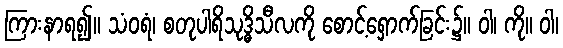
ကြားနာရ၍။ သံဝရံ၊ စတုပါရိသုဒ္ဓိသီလကို စောင့်ရှောက်ခြင်း၌။ ဝါ၊ ကို။ ဝါ၊